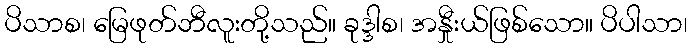
ပိသာစ၊ မြေဖုတ်ဘီလူးတို့သည်။ ခုဒ္ဒါစ၊ အနှီုးယ်ဖြစ်သော။ ပိပါသာ၊